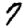
Digit: 7